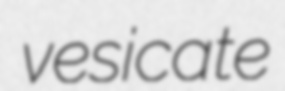
vesicate